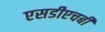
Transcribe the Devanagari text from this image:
एसडीएचबी